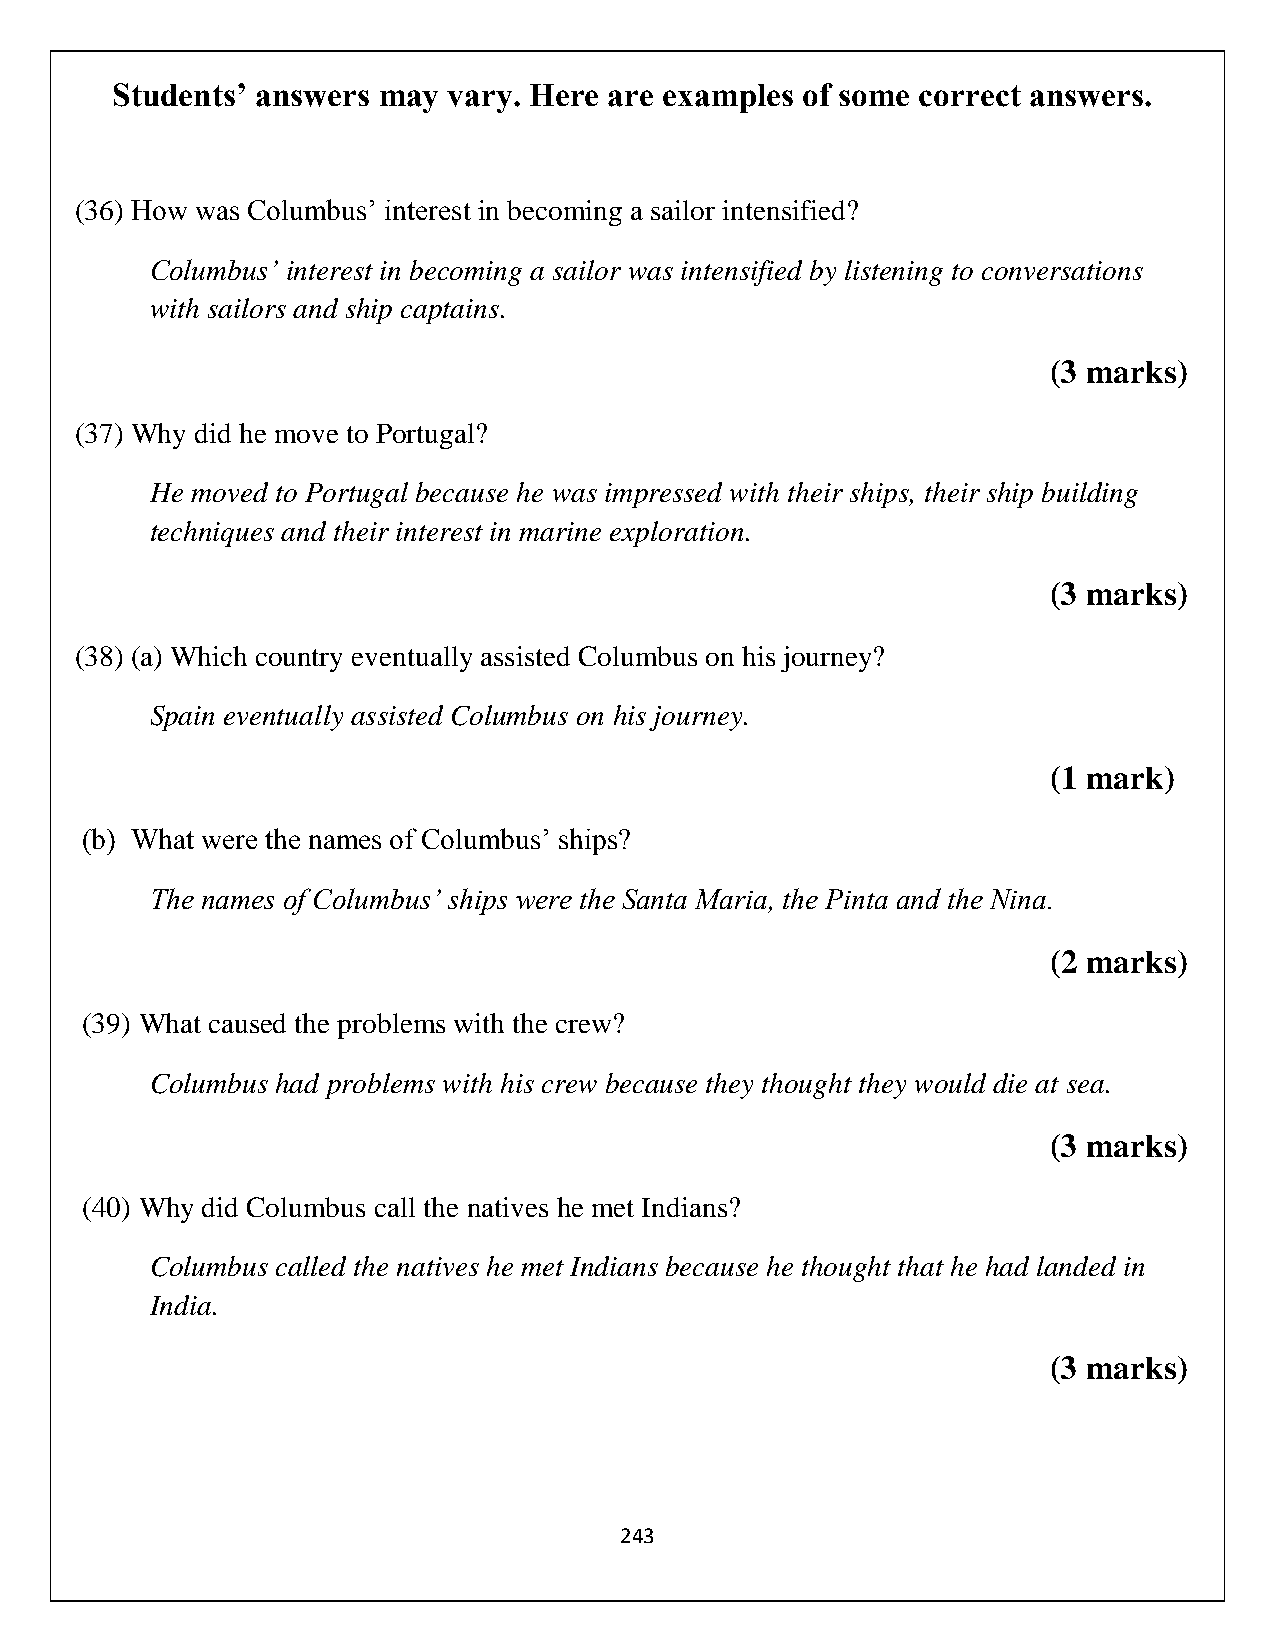
Students’ answers may  vary. Here are examples of some correct answers.
 (36) How was Columbus’ interest in becoming a sailor intensified?
 Columbus’ interest in becoming a sailor was intensified by listening to conversations
 with sailors and ship captains.
 (3 marks)
 (37) Why did he move to Portugal?
 He moved to Portugal because he was impressed with their ships, their ship building
 techniques and their interest in marine exploration.
 (3 marks)
 (38) (a) Which country eventually assisted Columbus on his journey?
 Spain eventually assisted Columbus on his journey.
 (1 mark)
 (b) What were the names of Columbus’ ships?
 The names of Columbus’ ships were the Santa Maria, the Pinta and the Nina.
 (2 marks)
 (39) What caused the problems with the crew?
 Columbus had problems with his crew because they thought they would die at sea.
 (3 marks)
 (40) Why did Columbus call the natives he met Indians?
 Columbus called the natives he met Indians because he thought that he had landed in
 India.
 (3 marks)
 243